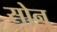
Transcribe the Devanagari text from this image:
सोन्